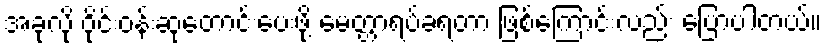
အခုလို ဝိုင်းဝန်းဆုတောင်းပေးဖို့ မေတ္တာရပ်ခံရတာ ဖြစ်ကြောင်းလည်း ပြောပါတယ်။